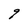
Character: q